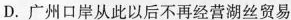
D.广州口岸从此以后不再经营湖丝贸易